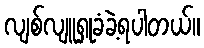
လျစ်လျူရှုခံခဲ့ရပါတယ်။